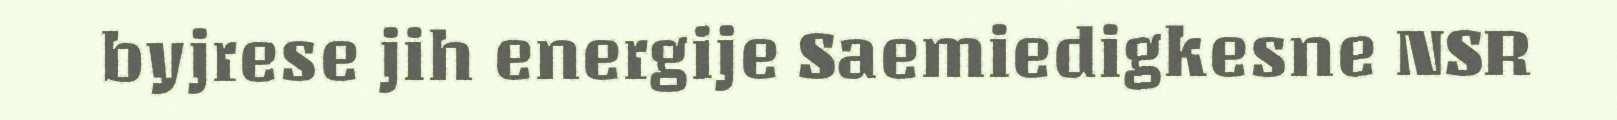
byjrese jih energije Saemiedigkesne NSR